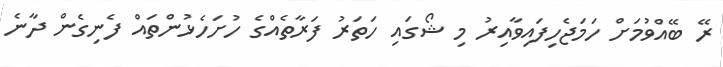
ރޭ ބޭއްވުމަށް ހަމަޖެހިފައިވާއިރު މި ޝޯގައި ހަތަރު ފަރާތެއްގެ ހުށަހެޅުންތައް ފެނިގެން ދާނެ